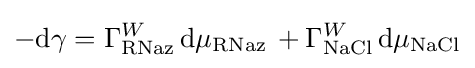
-\mathrm {d} \gamma =\Gamma _{\text{RNaz}}^{W}\,\mathrm {d} \mu _{\text{RNaz}}\,+\Gamma _{\text{NaCl}}^{W}\,\mathrm {d} \mu _{\text{NaCl}}